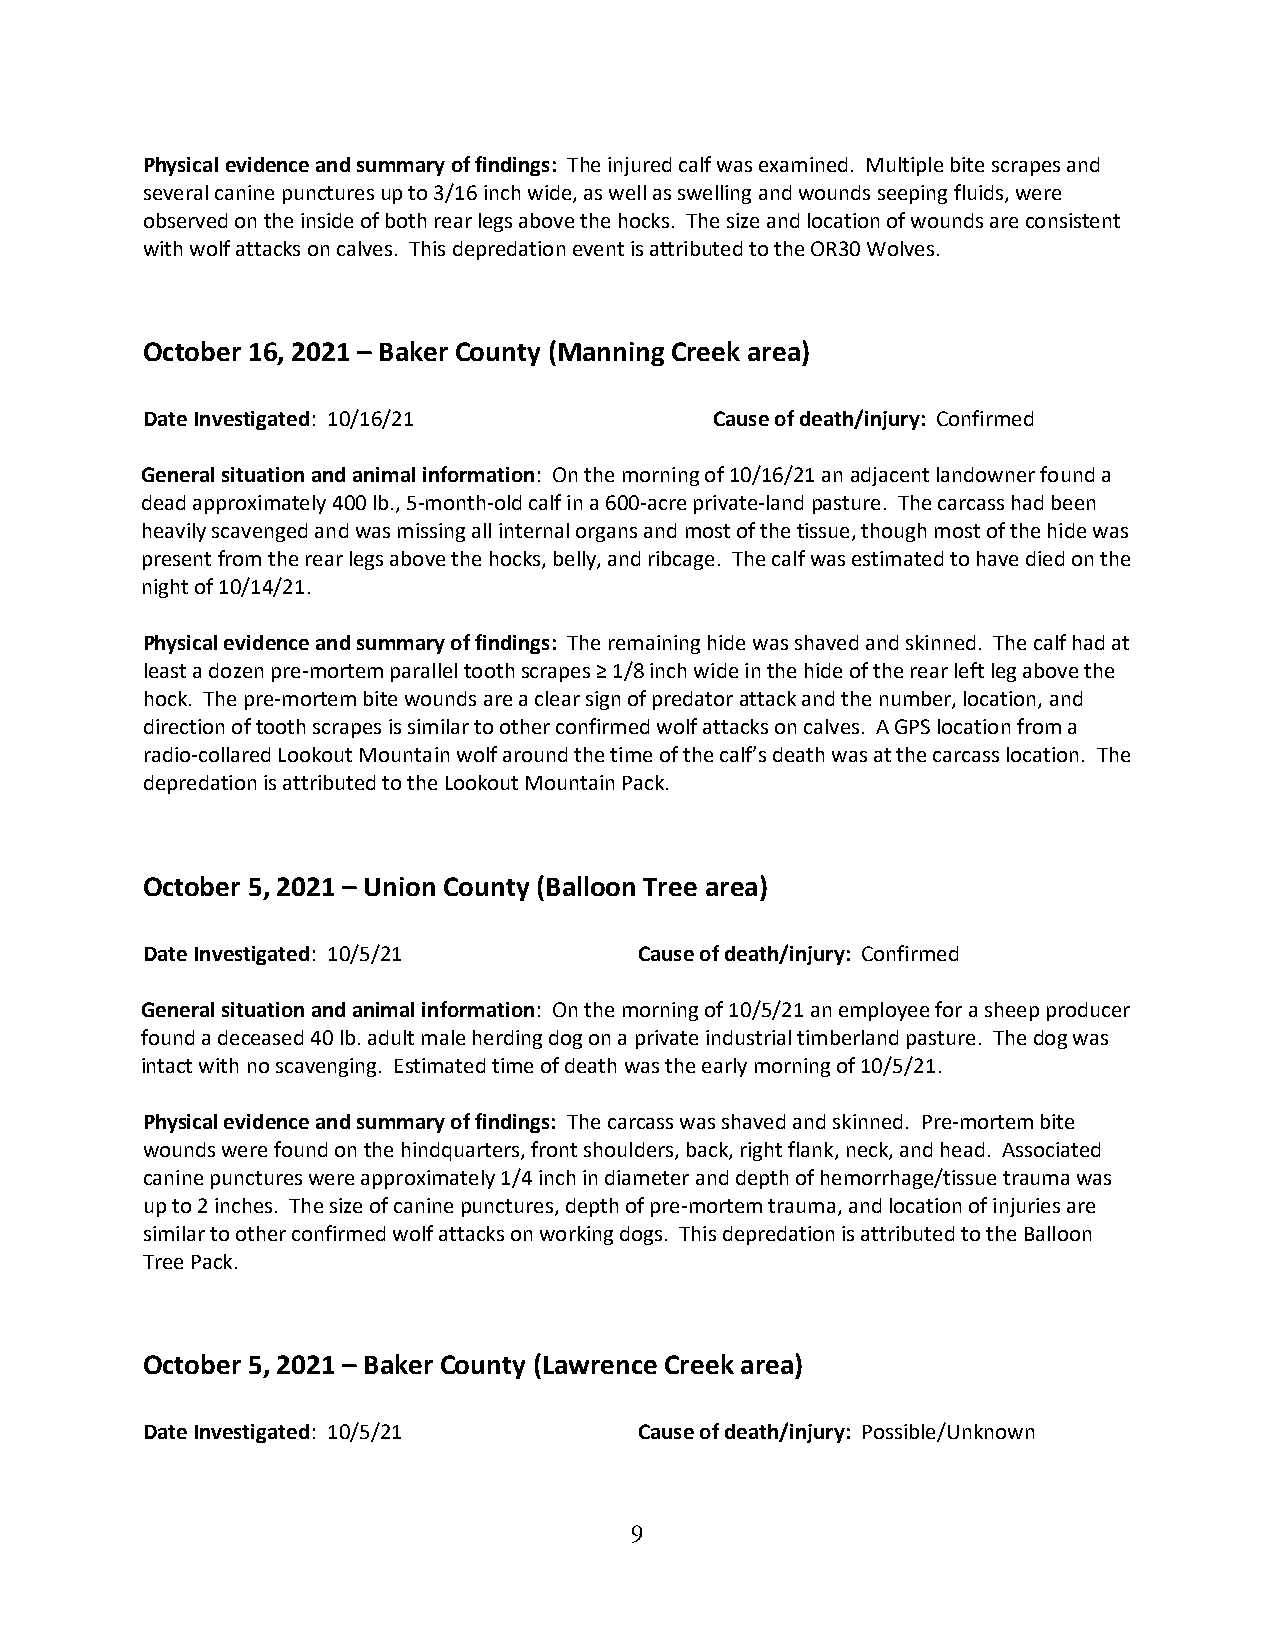
Physical evidence and summary of findings: The injured calf was examined. Multiple bite scrapes and
 several canine punctures up to 3/16 inch wide, as well as swelling and wounds seeping fluids, were
 observed on the inside of both rear legs above the hocks. The size and location of wounds are consistent
 with wolf attacks on calves. This depredation event is attributed to the OR30 Wolves.
 October 16, 2021 – Baker County (Manning Creek area)
 Date Investigated: 10/16/21           Cause of death/injury: Confirmed
 General situation and animal information: On the morning of 10/16/21 an adjacent landowner found a
 dead approximately 400 lb., 5-month-old calf in a 600-acre private-land pasture. The carcass had been
 heavily scavenged and was missing all internal organs and most of the tissue, though most of the hide was
 present from the rear legs above the hocks, belly, and ribcage. The calf was estimated to have died on the
 night of 10/14/21.
 Physical evidence and summary of findings: The remaining hide was shaved and skinned. The calf had at
 least a dozen pre-mortem parallel tooth scrapes ≥ 1/8 inch wide in the hide of the rear left leg above the
 hock. The pre-mortem bite wounds are a clear sign of predator attack and the number, location, and
 direction of tooth scrapes is similar to other confirmed wolf attacks on calves. A GPS location from a
 radio-collared Lookout Mountain wolf around the time of the calf’s death was at the carcass location. The
 depredation is attributed to the Lookout Mountain Pack.
 October 5, 2021 – Union County (Balloon Tree area)
 Date Investigated: 10/5/21       Cause of death/injury: Confirmed
 General situation and animal information: On the morning of 10/5/21 an employee for a sheep producer
 found a deceased 40 lb. adult male herding dog on a private industrial timberland pasture. The dog was
 intact with no scavenging. Estimated time of death was the early morning of 10/5/21.
 Physical evidence and summary of findings: The carcass was shaved and skinned. Pre-mortem bite
 wounds were found on the hindquarters, front shoulders, back, right flank, neck, and head. Associated
 canine punctures were approximately 1/4 inch in diameter and depth of hemorrhage/tissue trauma was
 up to 2 inches. The size of canine punctures, depth of pre-mortem trauma, and location of injuries are
 similar to other confirmed wolf attacks on working dogs. This depredation is attributed to the Balloon
 Tree Pack.
 October 5, 2021 – Baker County (Lawrence Creek area)
 Date Investigated: 10/5/21       Cause of death/injury: Possible/Unknown
 9